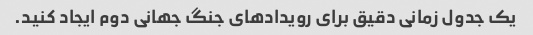
یک جدول زمانی دقیق برای رویدادهای جنگ جهانی دوم ایجاد کنید.